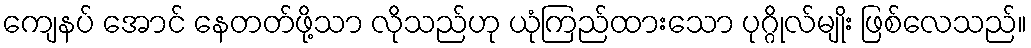
ကျေနပ် အောင် နေတတ်ဖို့သာ လိုသည်ဟု ယုံကြည်ထားသော ပုဂ္ဂိုလ်မျိုး ဖြစ်လေသည်။